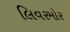
લિવરમોર